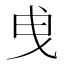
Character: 曵